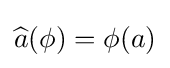
{\widehat {a}}(\phi )=\phi (a)